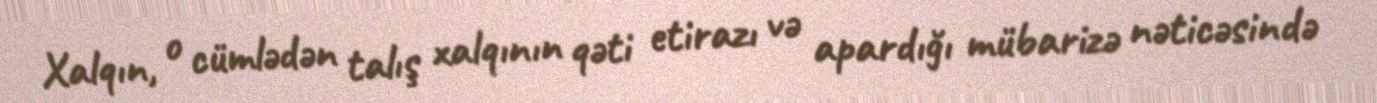
Xalqın, o cümlədən talış xalqının qəti etirazı və apardığı mübarizə nəticəsində